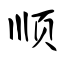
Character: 顺